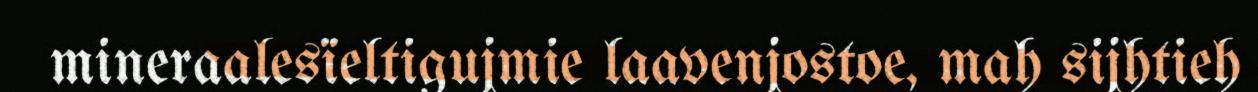
mineraalesïeltigujmie laavenjostoe, mah sijhtieh